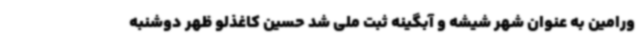
ورامین به عنوان شهر شیشه و آبگینه ثبت ملی شد حسین کاغذلو ظهر دوشنبه